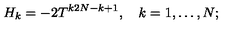
H _ { k } = - 2 T ^ { k 2 N - k + 1 } , \quad k = 1 , \ldots , N ;